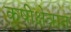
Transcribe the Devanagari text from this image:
कृषीक्षेत्रात